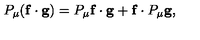
P _ { \mu } ( \mathbf { f } \cdot \mathbf { g } ) = P _ { \mu } \mathbf { f } \cdot \mathbf { g } + \mathbf { f } \cdot P _ { \mu } \mathbf { g } ,